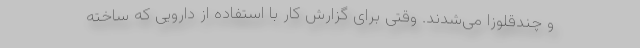
و چندقلوزا می‌شدند. وقتی برای گزارش کار با استفاده از دارویی که ساخته